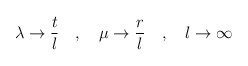
\begin{align*}\lambda\to \frac{t}{l} \quad , \quad \mu\to \frac{r}{l} \quad , \quad l\to\infty \end{align*}